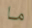
ما